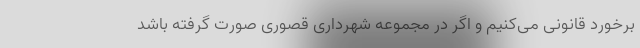
برخورد قانونی می‌کنیم و اگر در مجموعه شهرداری قصوری صورت گرفته باشد